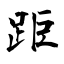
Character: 距